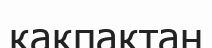
қақпақтан